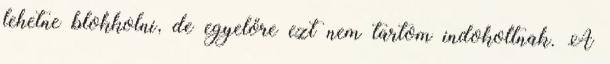
lehetne blokkolni, de egyelőre ezt nem tartom indokoltnak. A